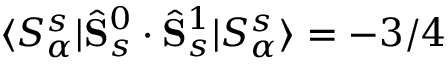
\langle S _ { \alpha } ^ { s } | \hat { \mathbf { S } } _ { s } ^ { 0 } \cdot \hat { \mathbf { S } } _ { s } ^ { 1 } | S _ { \alpha } ^ { s } \rangle = - 3 / 4